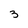
Character: 3